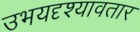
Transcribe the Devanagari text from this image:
उभयदृश्यावतार